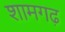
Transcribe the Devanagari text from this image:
शामगढ़